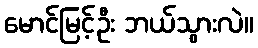
မောင်မြင့်ဦး ဘယ်သွားလဲ။